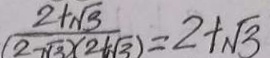
\frac { 2 + \sqrt { 3 } } { ( 2 - \sqrt { 3 ) } ( 2 + \sqrt { 3 } ) } = 2 + \sqrt { 3 }